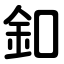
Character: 釦